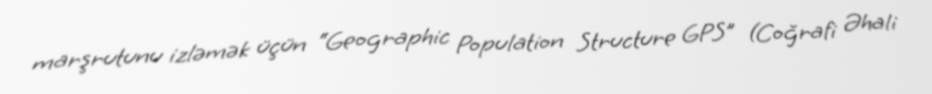
marşrutunu izləmək üçün “Geographic Population Structure GPS” (Coğrafi Əhali